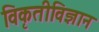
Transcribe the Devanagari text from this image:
विकृतीविज्ञान